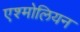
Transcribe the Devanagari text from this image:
एश्मोलियन